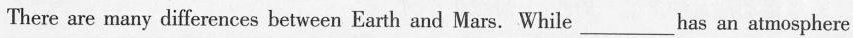
There are many differences between Earth and Mars. While___has an atmosphere